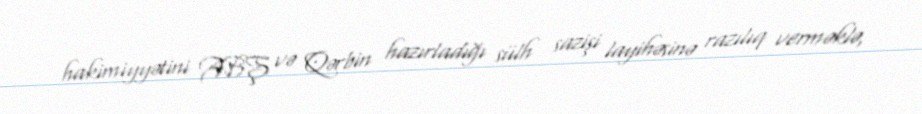
hakimiyyətini ABŞ və Qərbin hazırladığı sülh sazişi layihəsinə razılıq verməklə,